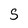
Character: 5